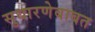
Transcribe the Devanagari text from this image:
सुधारणेबाबत